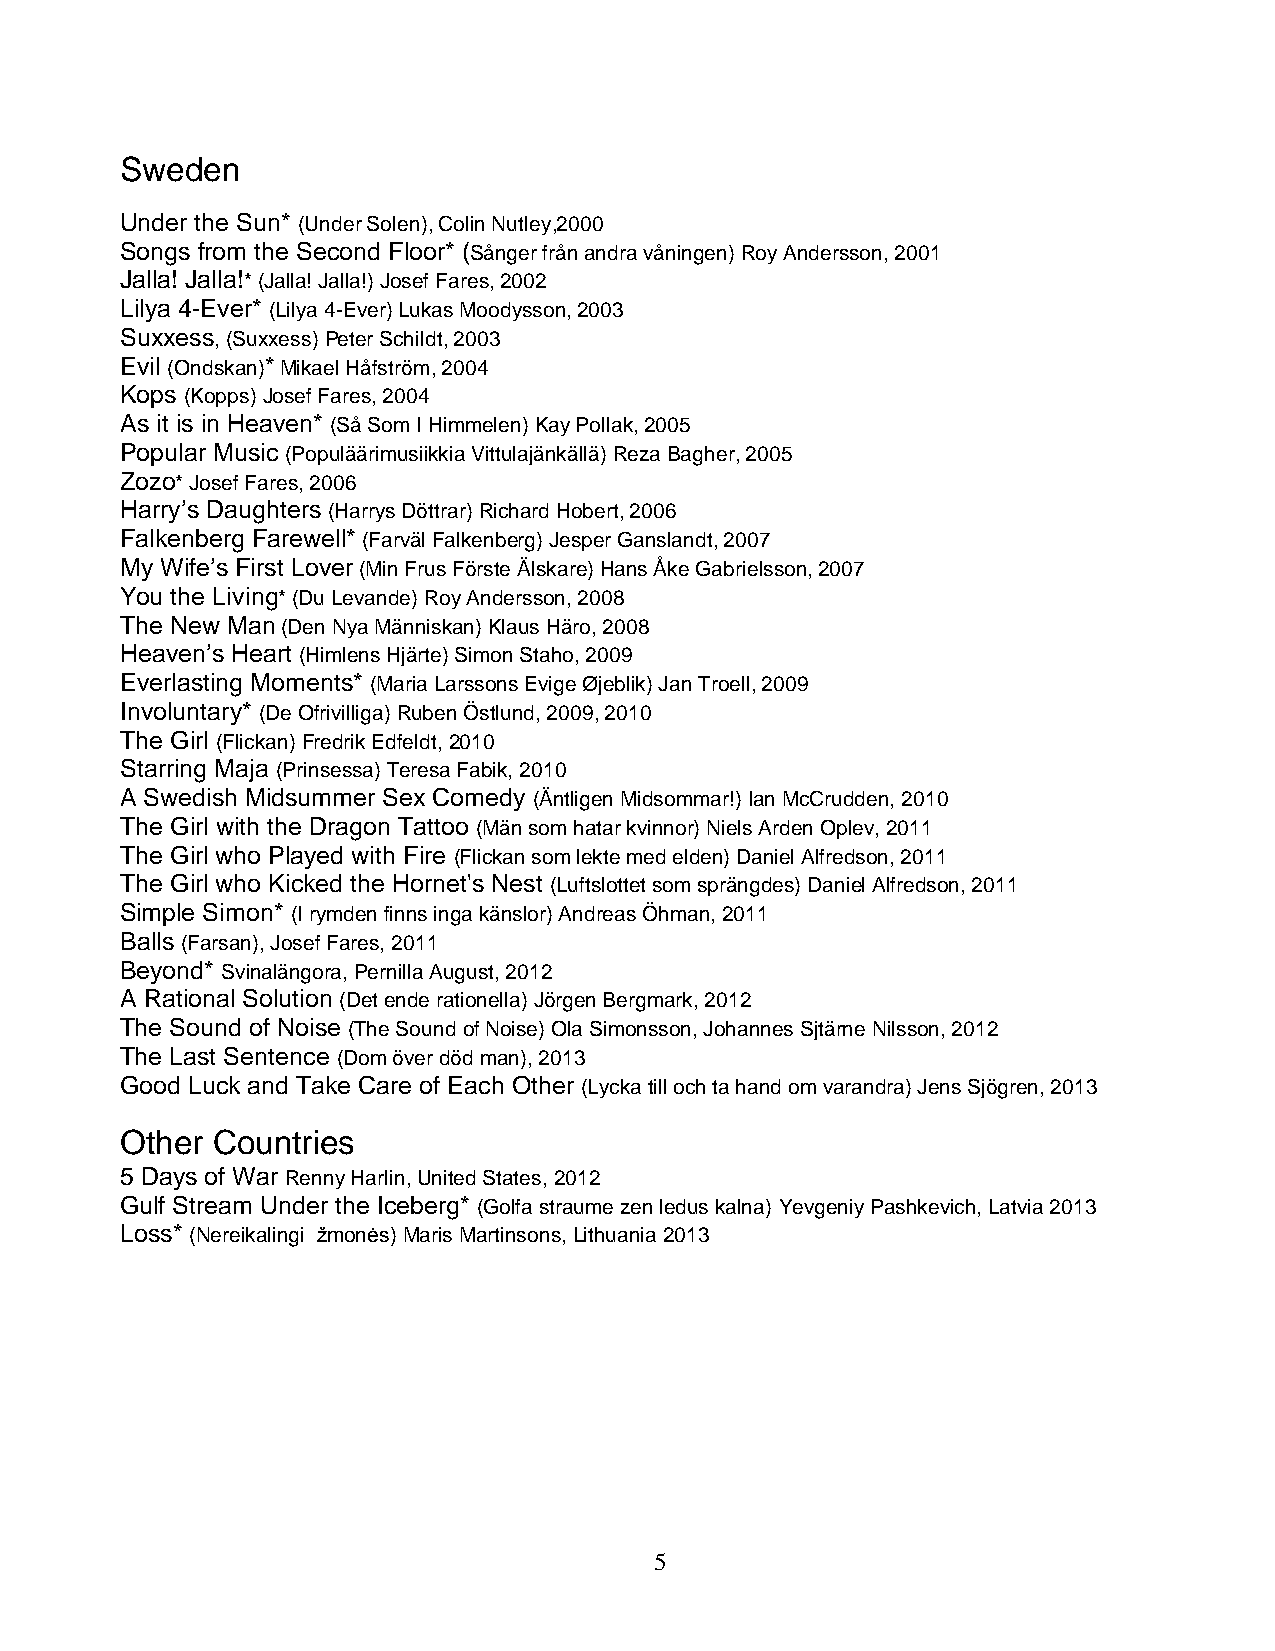
Sweden
 Under the Sun* (Under Solen), Colin Nutley,2000
 Songs from the Second Floor* (Sånger från andra våningen) Roy Andersson, 2001
 Jalla! Jalla!* (Jalla! Jalla!) Josef Fares, 2002
 Lilya 4-Ever* (Lilya 4-Ever) Lukas Moodysson, 2003
 Suxxess, (Suxxess) Peter Schildt, 2003
 Evil (Ondskan)* Mikael Håfström, 2004
 Kops (Kopps) Josef Fares, 2004
 As it is in Heaven* (Så Som I Himmelen) Kay Pollak, 2005
 Popular Music (Populäärimusiikkia Vittulajänkällä) Reza Bagher, 2005
 Zozo* Josef Fares, 2006
 Harry’s Daughters (Harrys Döttrar) Richard Hobert, 2006
 Falkenberg Farewell* (Farväl Falkenberg) Jesper Ganslandt, 2007
 My Wife’s First Lover (Min Frus Förste Älskare) Hans Åke Gabrielsson, 2007
 You the Living* (Du Levande) Roy Andersson, 2008
 The New Man (Den Nya Människan) Klaus Häro, 2008
 Heaven’s Heart (Himlens Hjärte) Simon Staho, 2009
 Everlasting Moments* (Maria Larssons Evige Øjeblik) Jan Troell, 2009
 Involuntary* (De Ofrivilliga) Ruben Östlund, 2009, 2010
 The Girl (Flickan) Fredrik Edfeldt, 2010
 Starring Maja (Prinsessa) Teresa Fabik, 2010
 A Swedish Midsummer Sex Comedy (Äntligen Midsommar!) Ian McCrudden, 2010
 The Girl with the Dragon Tattoo (Män som hatar kvinnor) Niels Arden Oplev, 2011
 The Girl who Played with Fire (Flickan som lekte med elden) Daniel Alfredson, 2011
 The Girl who Kicked the Hornet's Nest (Luftslottet som sprängdes) Daniel Alfredson, 2011
 Simple Simon* (I rymden finns inga känslor) Andreas Öhman, 2011
 Balls (Farsan), Josef Fares, 2011
 Beyond* Svinalängora, Pernilla August, 2012
 A Rational Solution (Det ende rationella) Jörgen Bergmark, 2012
 The Sound of Noise (The Sound of Noise) Ola Simonsson, Johannes Sjtärne Nilsson, 2012
 The Last Sentence (Dom över död man), 2013
 Good Luck and Take Care of Each Other (Lycka till och ta hand om varandra) Jens Sjögren, 2013
 Other Countries
 5 Days of War Renny Harlin, United States, 2012
 Gulf Stream Under the Iceberg* (Golfa straume zen ledus kalna) Yevgeniy Pashkevich, Latvia 2013
 Loss* (Nereikalingi žmonės) Maris Martinsons, Lithuania 2013
 5